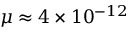
\mu \approx 4 \times 1 0 ^ { - 1 2 }